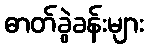
ဓာတ်ခွဲခန်းများ